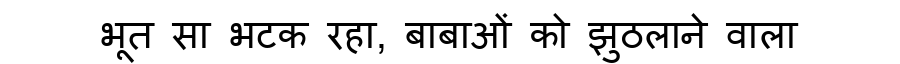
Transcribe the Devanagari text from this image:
भूत सा भटक रहा, बाबाओं को झुठलाने वाला